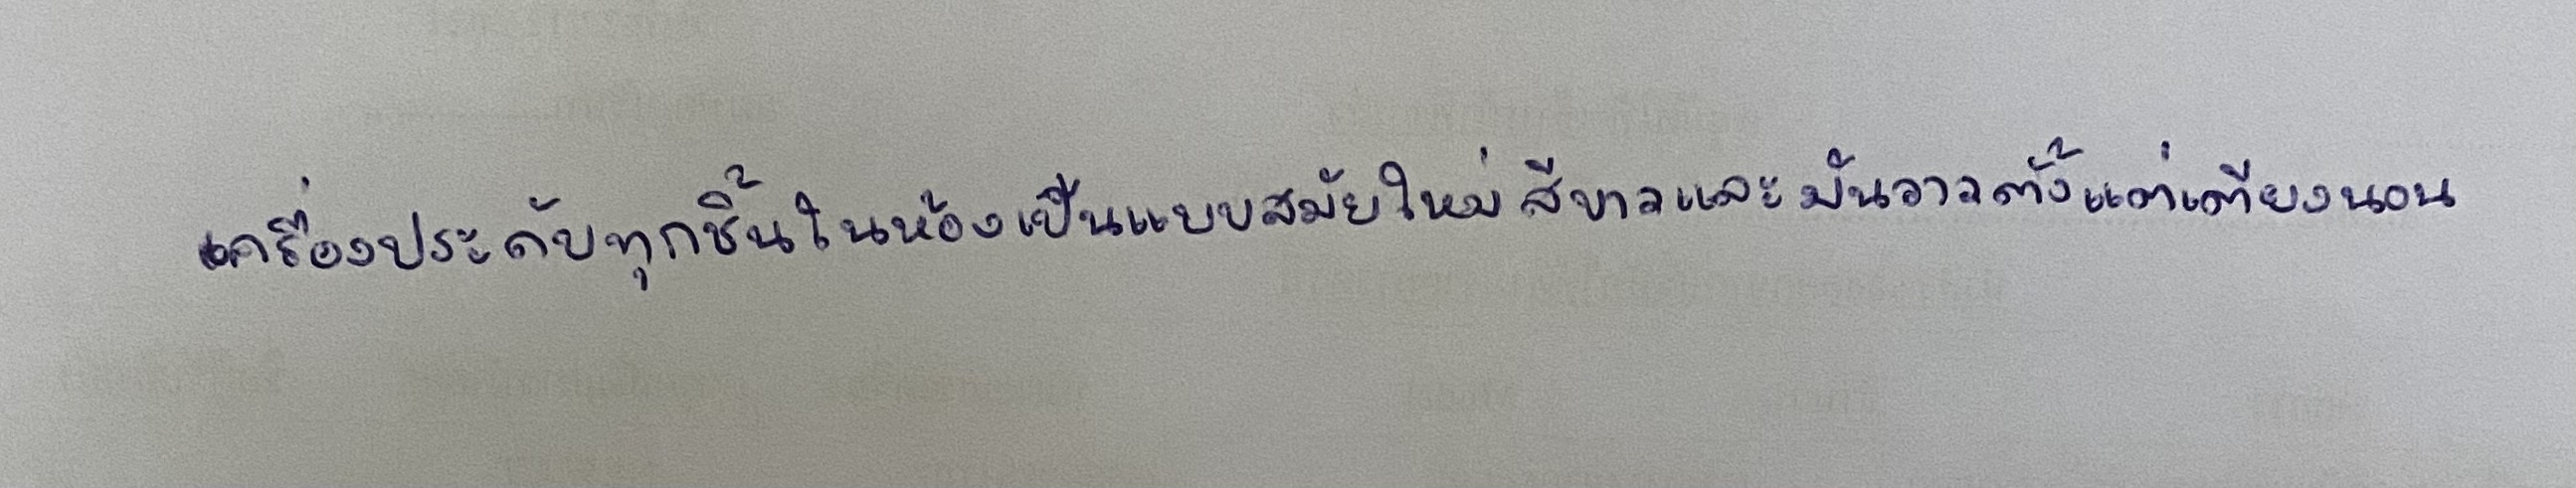
เครื่องประดับทุกชิ้นในห้องเป็นแบบสมัยใหม่สีขาวเป็นมันวาวตั้งแต่เตียงนอน